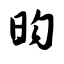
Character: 昀